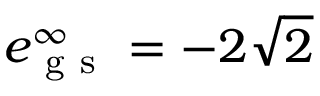
e _ { \mathrm { ~ g ~ s ~ } } ^ { \infty } = - 2 \sqrt { 2 }